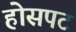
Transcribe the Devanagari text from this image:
होसपट